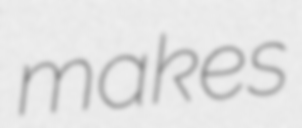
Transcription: makes